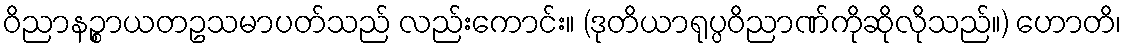
ဝိညာနဉ္စာယတဥသမာပတ်သည် လည်းကောင်း။ (ဒုတိယာရုပ္ပဝိညာဏ်ကိုဆိုလိုသည်။) ဟောတိ၊